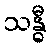
သန္ဓီ